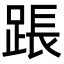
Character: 䠆